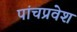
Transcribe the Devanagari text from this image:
पांचप्रवेश